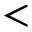
<